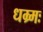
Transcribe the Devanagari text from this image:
धम्र्मः